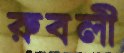
রুবলী